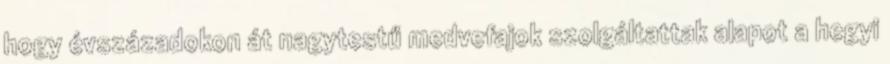
hogy évszázadokon át nagytestű medvefajok szolgáltattak alapot a hegyi